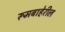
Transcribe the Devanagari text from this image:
रूमबाहेरील